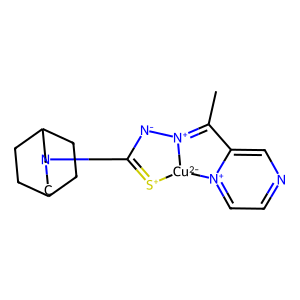
SMILES: CC1=[N+]2[N-]C(N3CC4CCC(CC4)C3)=[S+][Cu-2]2[n+]2ccncc21
Inhibits HIV replication: No